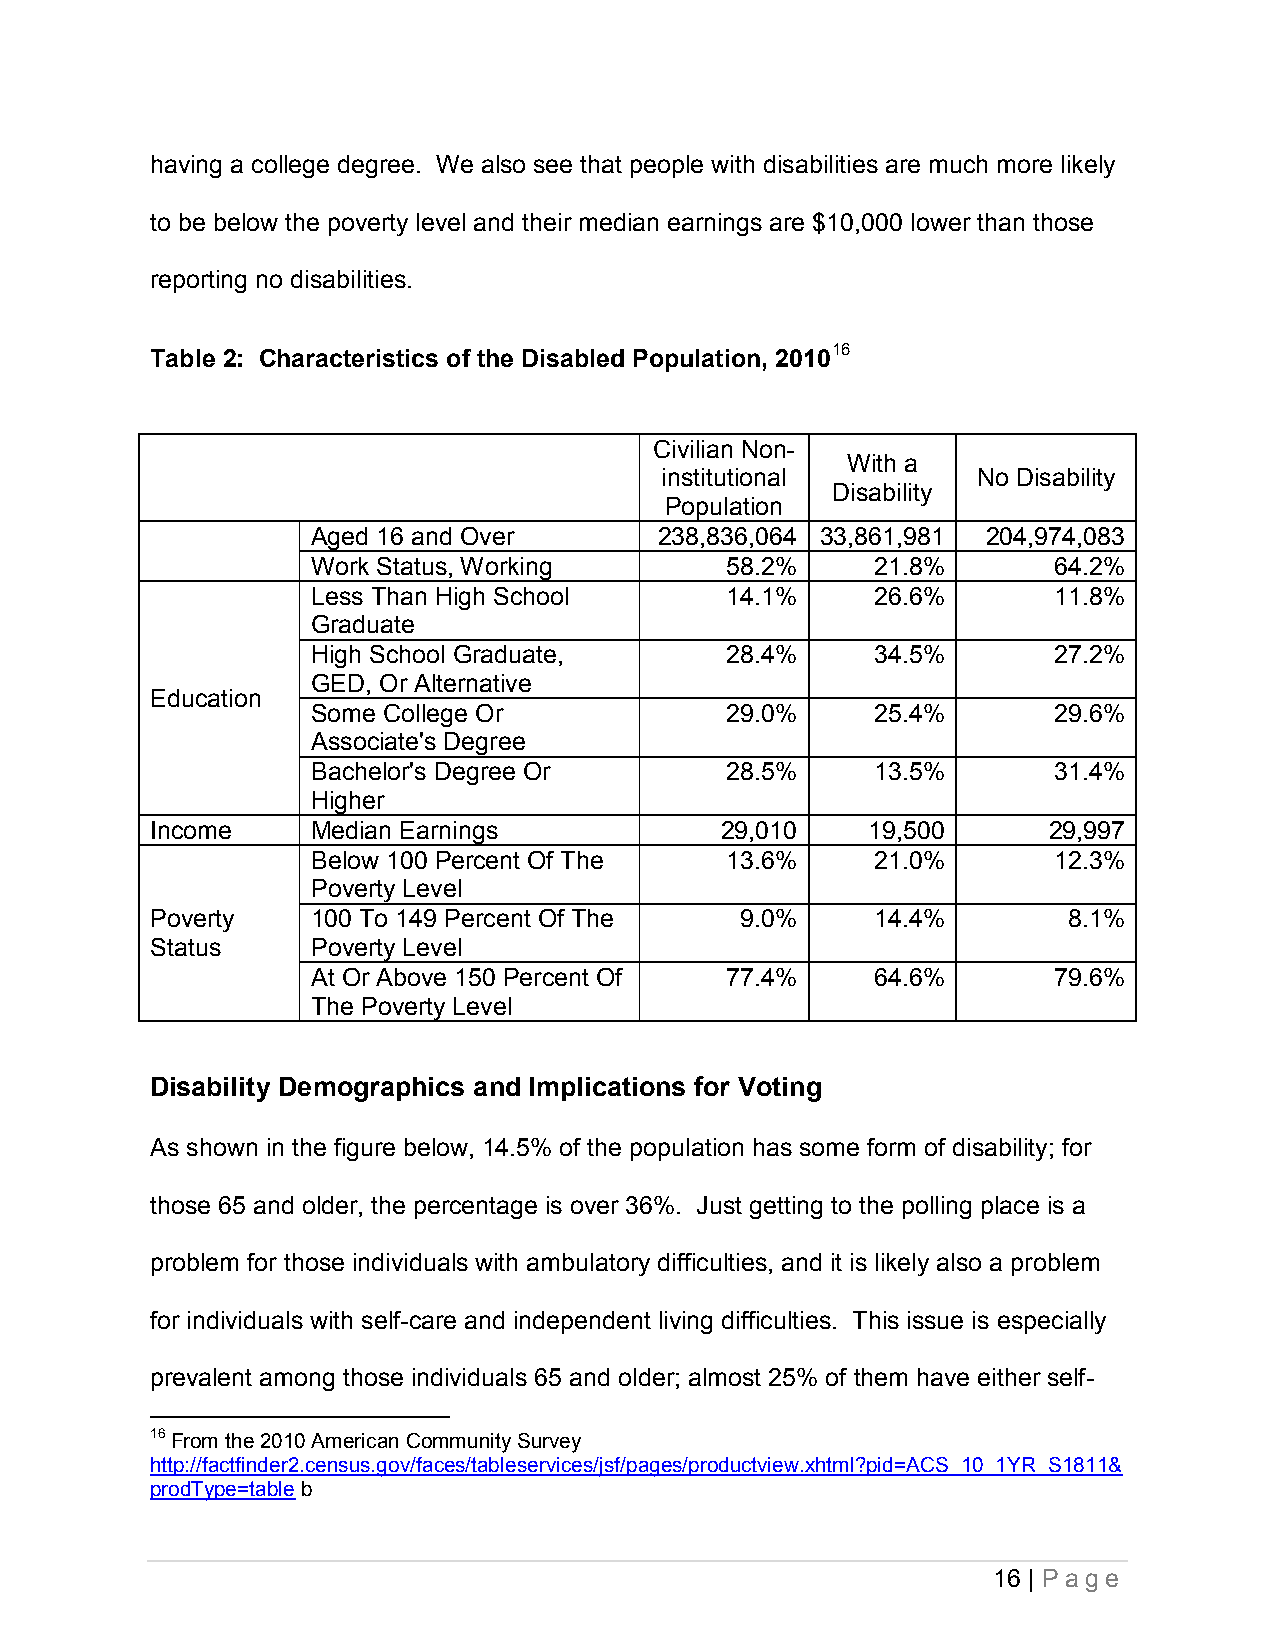
having a college degree. We also see that people with disabilities are much more likely
 to be below the poverty level and their median earnings are $10,000 lower than those
 reporting no disabilities.
 16
 Table 2: Characteristics of the Disabled Population, 2010
 Civilian Non-
 With a
 institutional        No Disability
 Disability
 Population
 Aged 16 and Over       238,836,064 33,861,981 204,974,083
 Work Status, Working       58.2%     21.8%       64.2%
 Less Than High School      14.1%     26.6%       11.8%
 Graduate
 High School Graduate,      28.4%     34.5%       27.2%
 GED, Or Alternative
 Education
 Some College Or            29.0%     25.4%       29.6%
 Associate's Degree
 Bachelor's Degree Or       28.5%     13.5%       31.4%
 Higher
 Income     Median Earnings            29,010    19,500     29,997
 Below 100 Percent Of The   13.6%     21.0%       12.3%
 Poverty Level
 Poverty    100 To 149 Percent Of The   9.0%     14.4%        8.1%
 Status     Poverty Level
 At Or Above 150 Percent Of 77.4%     64.6%       79.6%
 The Poverty Level
 Disability Demographics and Implications for Voting
 As shown in the figure below, 14.5% of the population has some form of disability; for
 those 65 and older, the percentage is over 36%. Just getting to the polling place is a
 problem for those individuals with ambulatory difficulties, and it is likely also a problem
 for individuals with self-care and independent living difficulties. This issue is especially
 prevalent among those individuals 65 and older; almost 25% of them have either self-
 16 From the 2010 American Community Survey
 http://factfinder2.census.gov/faces/tableservices/jsf/pages/productview.xhtml?pid=ACS_10_1YR_S1811&
 prodType=table b
 16 | P a ge